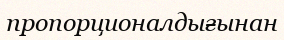
пропорционалдығынан